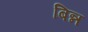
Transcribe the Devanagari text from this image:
बिन्न